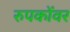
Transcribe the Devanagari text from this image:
रुपकोंवर